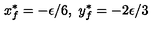
x _ { f } ^ { * } = - \epsilon / 6 , \ y _ { f } ^ { * } = - 2 \epsilon / 3